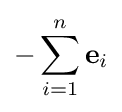
-\sum _{i=1}^{n}\mathbf {e} _{i}